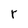
Character: r